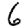
Digit: 6